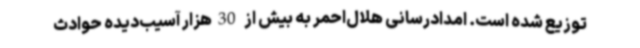
توزیع شده است. امدادرسانی هلال‌احمر به بیش از 30هزار آسیب‌دیده حوادث